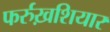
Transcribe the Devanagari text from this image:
फर्रुख़शियार